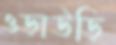
ওড়াউড়ি